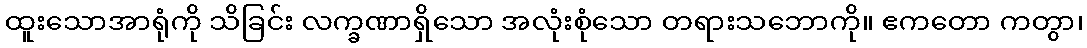
ထူးသောအာရုံကို သိခြင်း လက္ခဏာရှိသော အလုံးစုံသော တရားသဘောကို။ ဧကတော ကတွာ၊